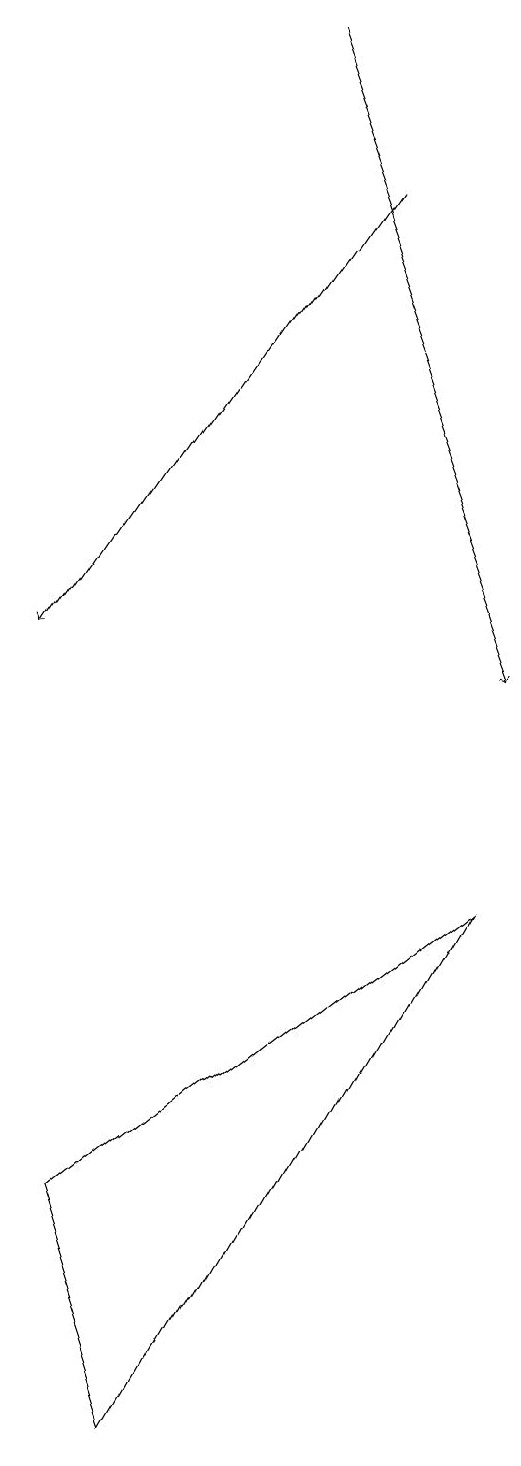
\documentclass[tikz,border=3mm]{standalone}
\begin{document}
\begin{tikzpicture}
\draw (3,4) -- (8,8) -- (4,1) -- cycle;
\draw[->] (5,19) -- (8,11);
\draw[->] (6,17) -- (2,11);
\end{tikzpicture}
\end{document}